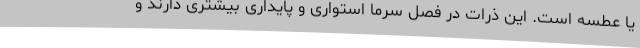
یا عطسه است. این ذرات در فصل سرما استواری و پایداری بیشتری دارند و